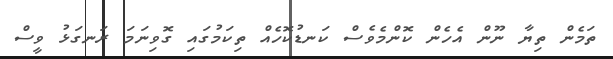
ތަމެން ތިޔާ ނޫން އެހެން ކޮންމެވެސް ކަނޑުކޮހެއް ތިކަމުގައި ގޮވިނަމަ ރަނގަޅު ވީސް